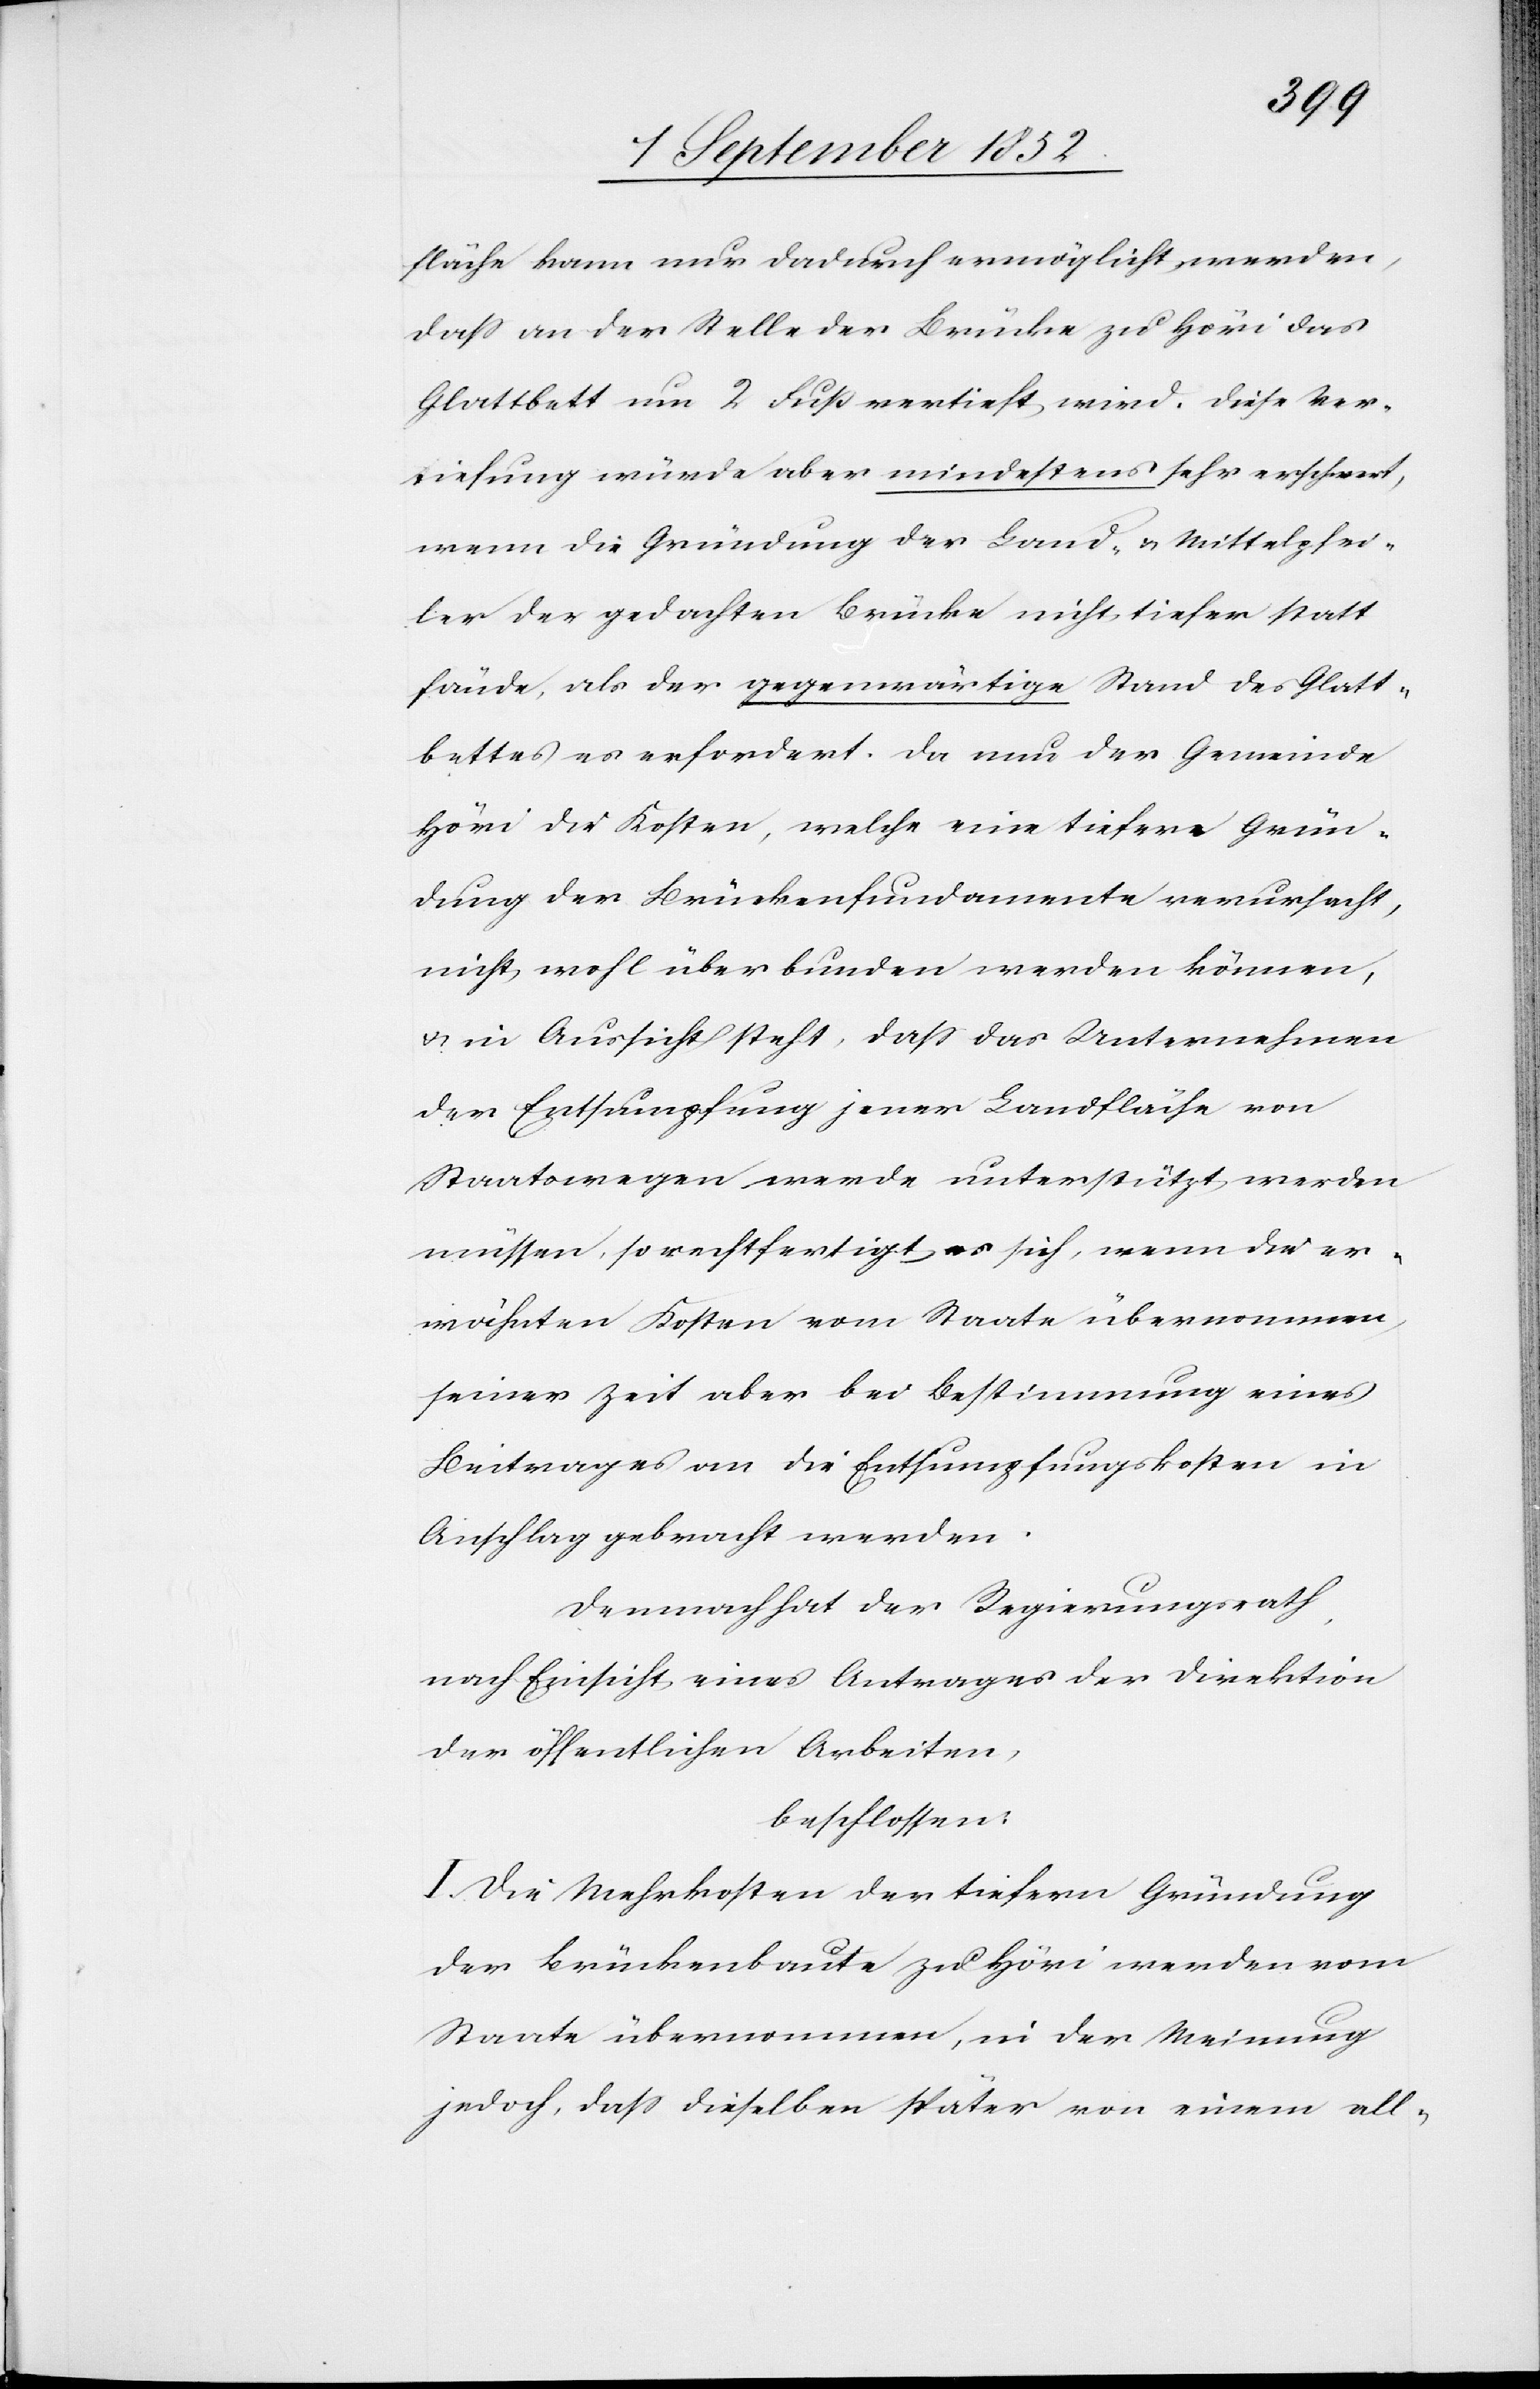
fläche kann nur dadurch ermöglicht werden,
dass an der Stelle der Brücke zu Höri das
Glattbett um 2 Fuß vertieft wird. Diese Ver¬
tiefung würde aber mindestens sehr erschwert,
wenn die Gründung der Land- & Mittelpfei¬
ler der gedachten Brücke nicht tiefer statt
fände, als der gegenwärtige Stand des Glatt¬
bettes es erfordert. Da nun der Gemeinde
Höri die Kosten, welche eine tiefere Grün¬
dung der Brückenfundamente verursacht,
nicht wohl überbunden werden können,
& in Aussicht steht, dass das Unternehmen
der Entsumpfung jener Landfläche von
Staatswegen werde unterstützt werden
müssen, so rechtfertigt es sich, wenn die er¬
wähnten Kosten vom Staate übernommen,
seiner Zeit aber bei Bestimmung eines
Beitrages an die Entsumpfungskosten in
Anschlag gebracht werden.
Demnach hat der Regierungsrath,
nach Einsicht eines Antrages der Direktion
der öffentlichen Arbeiten,
beschlossen:
I. Die Mehrkosten der tiefern Gründung
der Brückenbaute zu Höri werden vom
Staate übernommen, in der Meinung
jedoch, dass dieselben später von einem all-